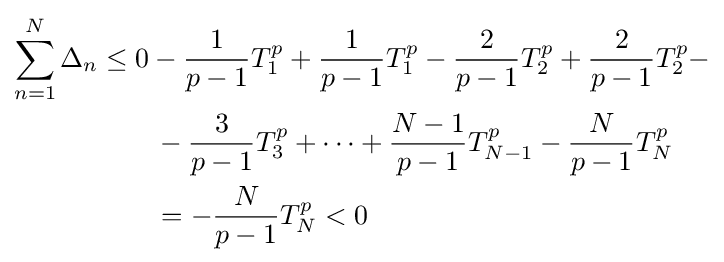
{\begin{aligned}\sum _{n=1}^{N}\Delta _{n}&\leq 0-{\frac {1}{p-1}}T_{1}^{p}+{\frac {1}{p-1}}T_{1}^{p}-{\frac {2}{p-1}}T_{2}^{p}+{\frac {2}{p-1}}T_{2}^{p}-\\&\qquad -{\frac {3}{p-1}}T_{3}^{p}+\dotsb +{\frac {N-1}{p-1}}T_{N-1}^{p}-{\frac {N}{p-1}}T_{N}^{p}\\&\qquad =-{\frac {N}{p-1}}T_{N}^{p}<0\end{aligned}}